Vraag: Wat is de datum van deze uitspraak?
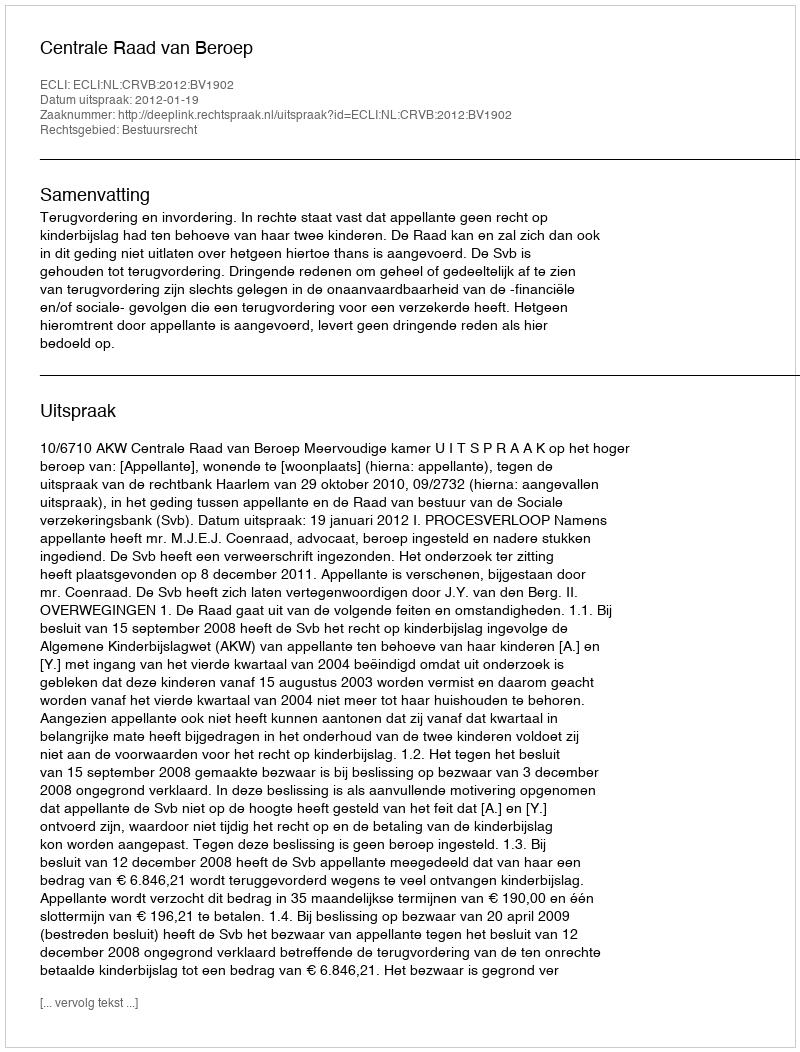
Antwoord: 2012-01-19